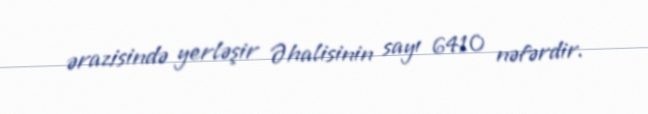
ərazisində yerləşir Əhalisinin sayı 6410 nəfərdir.